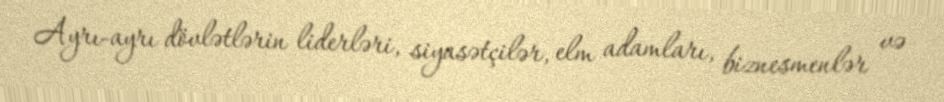
Ayrı-ayrı dövlətlərin liderləri, siyasətçilər, elm adamları, biznesmenlər və